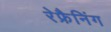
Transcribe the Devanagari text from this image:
रेफ्रैनिंग